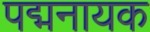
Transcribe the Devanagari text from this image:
पद्मनायक